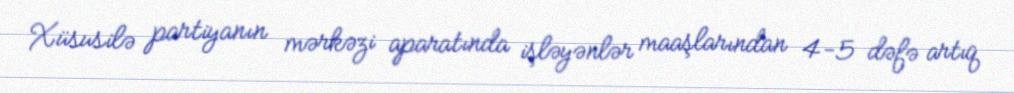
Xüsusilə partiyanın mərkəzi aparatında işləyənlər maaşlarından 4-5 dəfə artıq